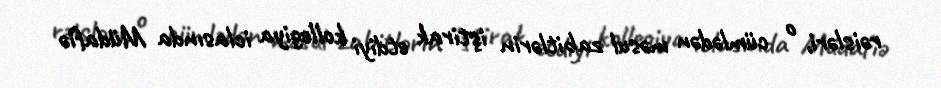
rəisləri, o cümlədən məsul zabitlərin iştirak etdiyi kollegiya iclasında Müdafiə